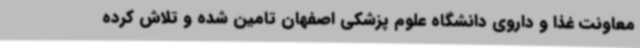
معاونت غذا و داروی دانشگاه علوم پزشکی اصفهان تامین شده و تلاش کرده